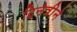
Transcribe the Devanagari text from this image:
द्विनेत्रीने